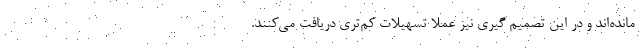
مانده‌اند و در این تصمیم گیری نیز عملا تسهیلات کم‌تری دریافت می‌کنند.